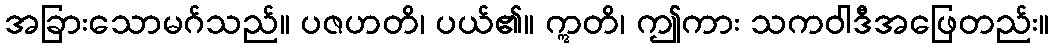
အခြားသောမဂ်သည်။ ပဇဟတိ၊ ပယ်၏။ ဣတိ၊ ဤကား သကဝါဒီအဖြေတည်း။